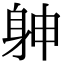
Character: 𨈮